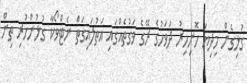
ގުޅިގެން މިދިޔަ ހޮނިހިރު ދުވަހުގެ ރޭގެ ވަގުތެއްގައި އަތުލައިގަތް ނެޓްވޯކާ ގުޅުންހުރި ތިން